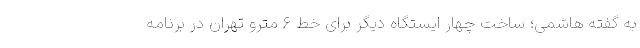
به گفته هاشمی؛ ساخت چهار ایستگاه دیگر برای خط ۶ مترو تهران در برنامه